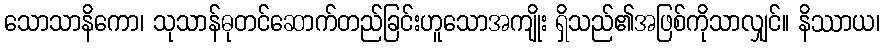
သောသာနိကော၊ သုသာန်ဓုတင်ဆောက်တည်ခြင်းဟူသောအကျိုး ရှိသည်၏အဖြစ်ကိုသာလျှင်။ နိဿာယ၊